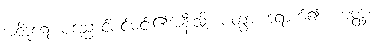
အဝိဒူရေ၊ ပညောင်ပင်မင်း၏အနီးသို့။ ပတွာ၊ ရောက်၍။ ယတ္ထ၊